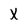
Character: X